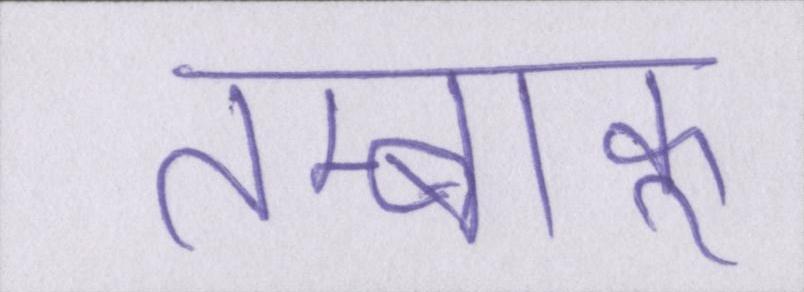
तम्बाकू